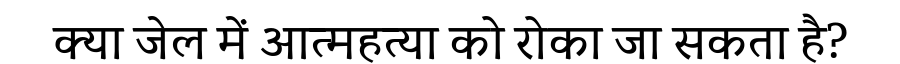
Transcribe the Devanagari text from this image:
क्या जेल में आत्महत्या को रोका जा सकता है?